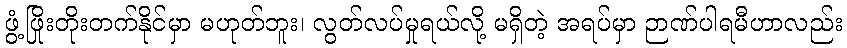
ဖွံ့ဖြိုးတိုးတက်နိုင်မှာ မဟုတ်ဘူး၊ လွတ်လပ်မှုရယ်လို့ မရှိတဲ့ အရပ်မှာ ဉာဏ်ပါရမီဟာလည်း